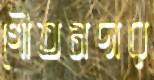
গৌতমদার